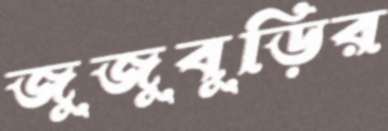
জুজুবুড়ির